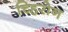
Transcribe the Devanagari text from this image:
च्हिरोन